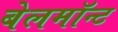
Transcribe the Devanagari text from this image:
बेलमॉन्ट